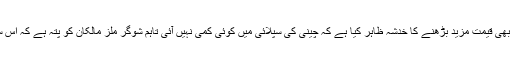
لاہور کے چینی ڈیلروں نے بھی قیمت مزید بڑھنے کا خدشہ ظاہر کیا ہے کہ چینی کی سپلائی میں کوئی کمی نہیں آئی تاہم شوگر ملز مالکان کو پتہ ہے کہ اس سال گنے کی پیداوار کم ہے۔